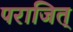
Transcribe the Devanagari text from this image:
पराजित्